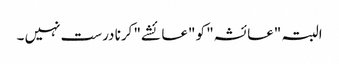
البتہ "عائشہ" کو "عائشے" کرنا درست نہیں ۔